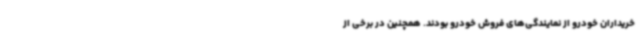
خریداران خودرو از نمایندگی‌های فروش خودرو بودند. همچنین در برخی از